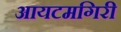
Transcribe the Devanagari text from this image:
आयटमगिरी